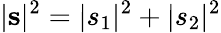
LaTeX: |\mathbf{s}|^{2}=|s_{1}|^{2}+|s_{2}|^{2}